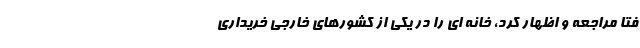
فتا مراجعه و اظهار کرد، خانه ای را در یکی از کشورهای خارجی خریداری